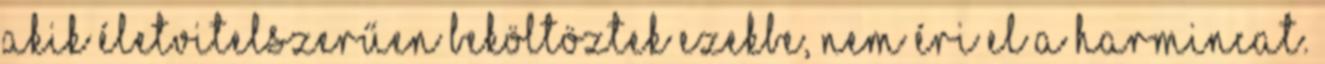
akik életvitelszerűen beköltöztek ezekbe, nem éri el a harmincat.